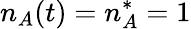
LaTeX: n_{A}(t)=n_{A}^{*}=1